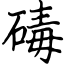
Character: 碡